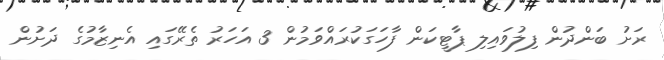
ރަށު ބަންދުން ފިލުވައިލި ޕާޓީކަން ފާހަގަކުރައްވަމުން 3 އަހަރު ތެރޭގައި އެނިޒާމުގެ ދަށުން